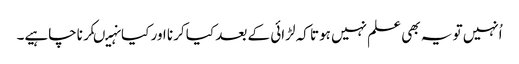
اُنہیں تو یہ بھی علم نہیں ہوتا کہ لڑائی کے بعد کیا کرنا اور کیانہیںکرناچاہیے۔